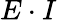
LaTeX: E\cdot I